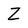
Character: Z